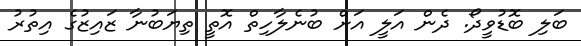
ބަލި ބޮޑުވީދޯ. ދެން އަލީ އަށް ބުނެލާހިތް އޮތީ ތިޔަބުނާ ޒައިޒުގެ އިތުރު